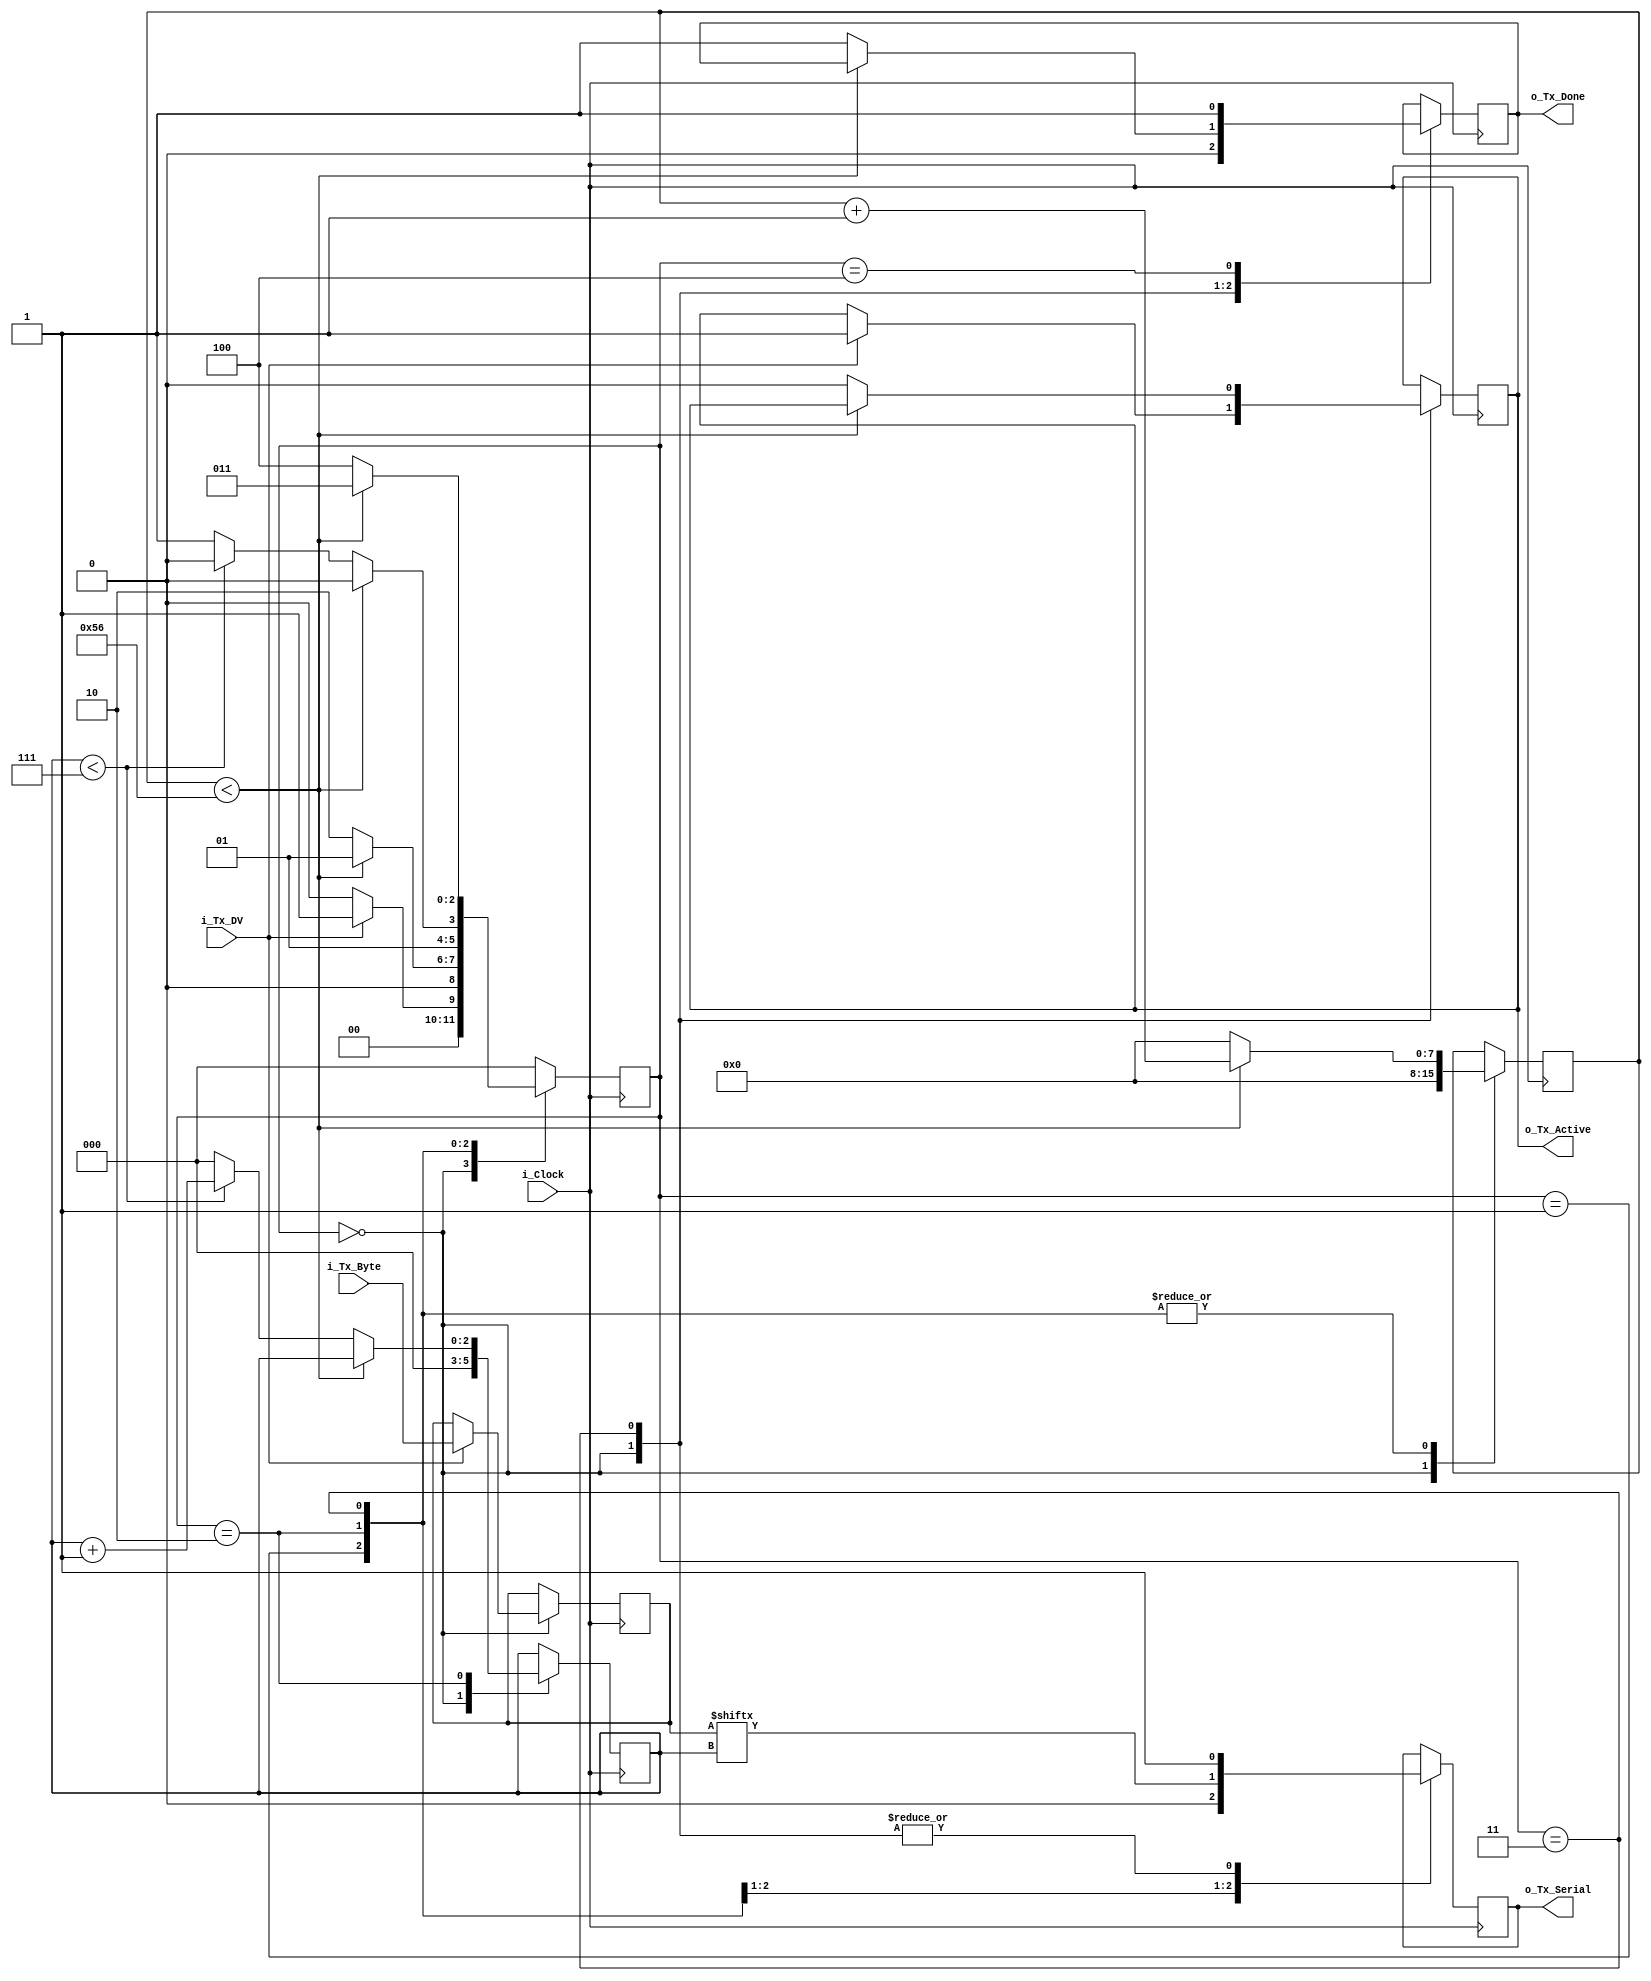
  
module uart_tx 
  #(parameter CLKS_PER_BIT = 87)
  (
   input       i_Clock,
   input       i_Tx_DV,
   input [7:0] i_Tx_Byte, 
   output      o_Tx_Active,
   output reg  o_Tx_Serial,
   output      o_Tx_Done
   );
  
  parameter s_IDLE         = 3'b000;
  parameter s_TX_START_BIT = 3'b001;
  parameter s_TX_DATA_BITS = 3'b010;
  parameter s_TX_STOP_BIT  = 3'b011;
  parameter s_CLEANUP      = 3'b100;
   
  reg [2:0]    r_SM_Main     = 0;
  reg [7:0]    r_Clock_Count = 0;
  reg [2:0]    r_Bit_Index   = 0;
  reg [7:0]    r_Tx_Data     = 0;
  reg          r_Tx_Done     = 0;
  reg          r_Tx_Active   = 0;
     
  always @(posedge i_Clock)
    begin
       
      case (r_SM_Main)
        s_IDLE :
          begin
            o_Tx_Serial   <= 1'b1;         // Drive Line High for Idle
            r_Tx_Done     <= 1'b0;
            r_Clock_Count <= 0;
            r_Bit_Index   <= 0;
             
            if (i_Tx_DV == 1'b1)
              begin
                r_Tx_Active <= 1'b1;
                r_Tx_Data   <= i_Tx_Byte;
                r_SM_Main   <= s_TX_START_BIT;
              end
            else
              r_SM_Main <= s_IDLE;
          end // case: s_IDLE
         
         
        // Send out Start Bit. Start bit = 0
        s_TX_START_BIT :
          begin
            o_Tx_Serial <= 1'b0;
             
            // Wait CLKS_PER_BIT-1 clock cycles for start bit to finish
            if (r_Clock_Count < CLKS_PER_BIT-1)
              begin
                r_Clock_Count <= r_Clock_Count + 1;
                r_SM_Main     <= s_TX_START_BIT;
              end
            else
              begin
                r_Clock_Count <= 0;
                r_SM_Main     <= s_TX_DATA_BITS;
              end
          end // case: s_TX_START_BIT
         
         
        // Wait CLKS_PER_BIT-1 clock cycles for data bits to finish         
        s_TX_DATA_BITS :
          begin
            o_Tx_Serial <= r_Tx_Data[r_Bit_Index];
             
            if (r_Clock_Count < CLKS_PER_BIT-1)
              begin
                r_Clock_Count <= r_Clock_Count + 1;
                r_SM_Main     <= s_TX_DATA_BITS;
              end
            else
              begin
                r_Clock_Count <= 0;
                 
                // Check if we have sent out all bits
                if (r_Bit_Index < 7)
                  begin
                    r_Bit_Index <= r_Bit_Index + 1;
                    r_SM_Main   <= s_TX_DATA_BITS;
                  end
                else
                  begin
                    r_Bit_Index <= 0;
                    r_SM_Main   <= s_TX_STOP_BIT;
                  end
              end
          end // case: s_TX_DATA_BITS
         
         
        // Send out Stop bit.  Stop bit = 1
        s_TX_STOP_BIT :
          begin
            o_Tx_Serial <= 1'b1;
             
            // Wait CLKS_PER_BIT-1 clock cycles for Stop bit to finish
            if (r_Clock_Count < CLKS_PER_BIT-1)
              begin
                r_Clock_Count <= r_Clock_Count + 1;
                r_SM_Main     <= s_TX_STOP_BIT;
              end
            else
              begin
                r_Tx_Done     <= 1'b1;
                r_Clock_Count <= 0;
                r_SM_Main     <= s_CLEANUP;
                r_Tx_Active   <= 1'b0;
              end
          end // case: s_Tx_STOP_BIT
         
         
        // Stay here 1 clock
        s_CLEANUP :
          begin
            r_Tx_Done <= 1'b1;
            r_SM_Main <= s_IDLE;
          end
         
         
        default :
          r_SM_Main <= s_IDLE;
         
      endcase
    end
 
  assign o_Tx_Active = r_Tx_Active;
  assign o_Tx_Done   = r_Tx_Done;
   
endmodule